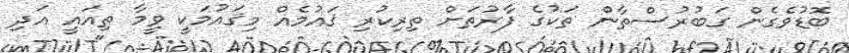
ބޮޑުވެގެން ގަބުރުސްތާން ތަކުގެ ފާރުތަށް ތިރިކުރި ޤައުމެއް މިޤައުމަކީ ވީމާ ތިއައީ އަދި